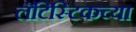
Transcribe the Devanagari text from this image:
लॅटिस्टिकच्या